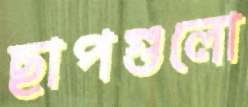
ছাপগুলো